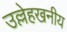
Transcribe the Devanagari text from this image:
उल्लेहखनीय